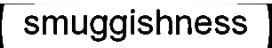
smuggishness